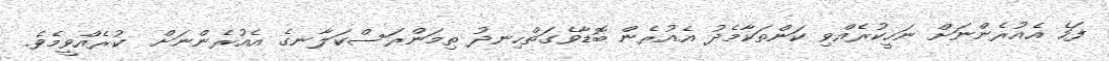
ފަހެ އެއުރެންނަށް ނަހީކުރެއްވި ކަންތަކާމެދު އެއުރެން ބޮޑާވެގަތްހިނދު ތިމަންރަސްކަލާނގެ އެއުރެންނަށް  ކުރެއްވީމެވެ.